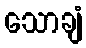
သောချံ